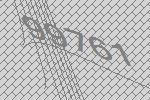
99761